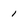
Character: I